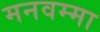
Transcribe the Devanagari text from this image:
मनवम्मा